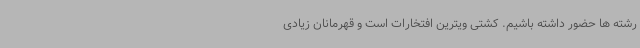
رشته ها حضور داشته باشیم. کشتی ویترین افتخارات است و قهرمانان زیادی